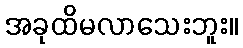
အခုထိမလာသေးဘူး။